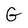
Character: G